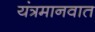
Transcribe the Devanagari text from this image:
यंत्रमानवात